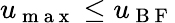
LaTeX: u_{\mathrm{~m~a~x~}}\leq u_{\mathrm{~B~F~}}